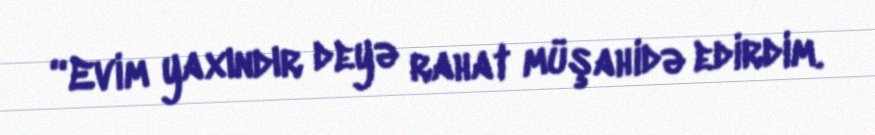
“Evim yaxındır deyə rahat müşahidə edirdim.